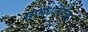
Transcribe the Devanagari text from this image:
सावधगिरीचा